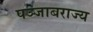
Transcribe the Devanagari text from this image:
पञ्जाबराज्य